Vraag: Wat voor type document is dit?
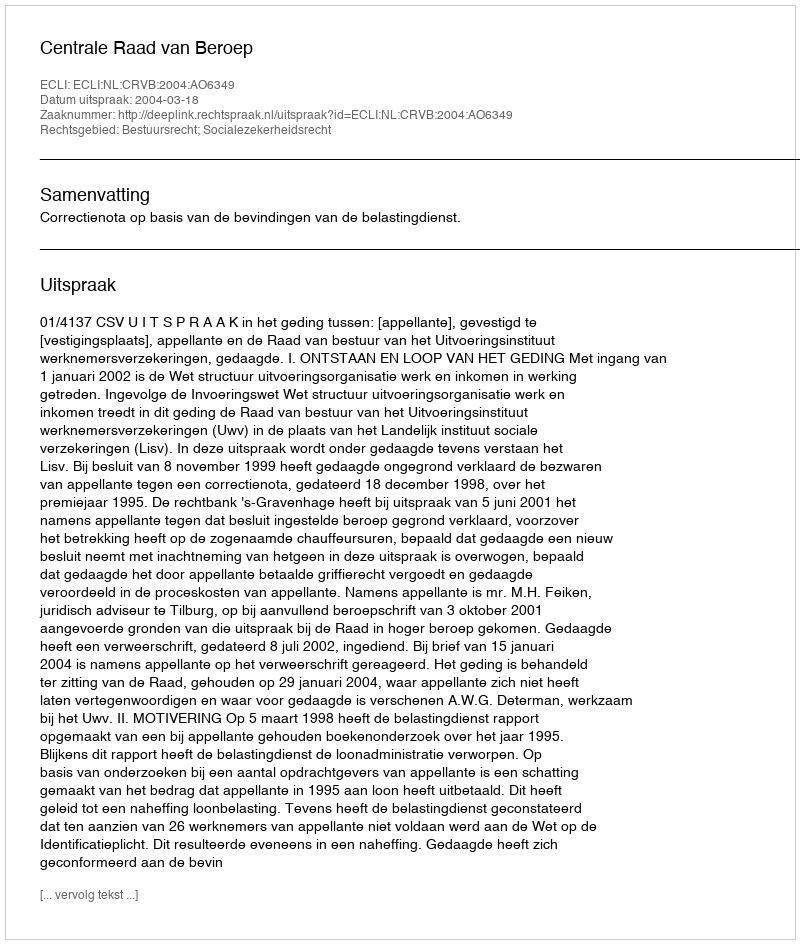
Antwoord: Uitspraak